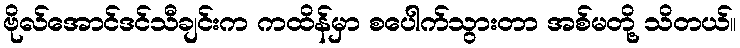
ဗိုလ်အောင်ဒင်သီချင်းက ကထိန်မှာ စပေါက်သွားတာ အစ်မတို့ သိတယ်။